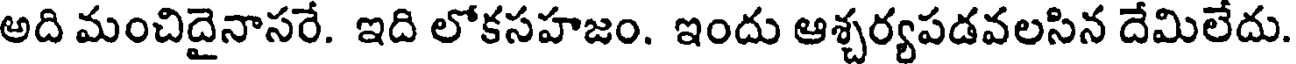
అది మంచిదైనాసరే. ఇది లోకసహజం. ఇందు ఆశ్చర్యపడవలసిన దేమిలేదు.